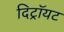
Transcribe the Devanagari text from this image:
दिट्रॉयट